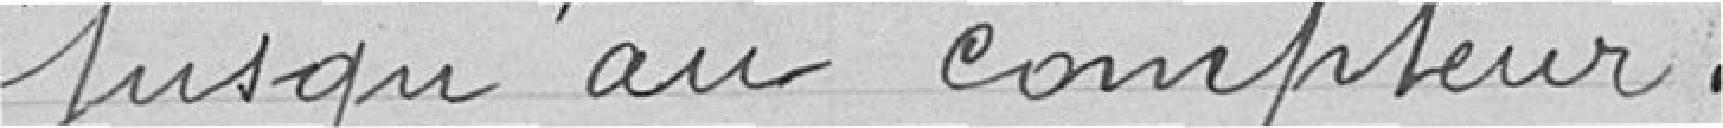
jusqu'au compteur.